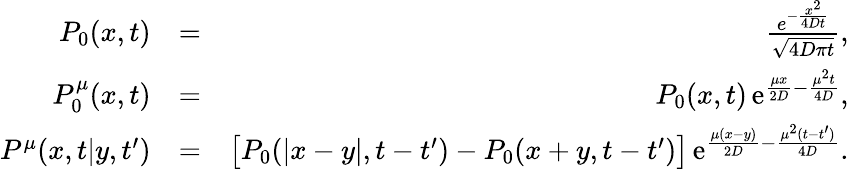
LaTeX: \begin{array}{rlr}{P_{0}(x,t)}&{=}&{\frac{e^{-\frac{x^{2}}{4Dt}}}{\sqrt{4D\pi t}},}\\ {P_{0}^{\mu}(x,t)}&{=}&{P_{0}(x,t)\, \mathrm{e}^{\frac{\mu x}{2D}-\frac{\mu^{2}t}{4D}},}\\ {P^{\mu}(x,t|y,t^{\prime})}&{=}&{\big[P_{0}(|x-y|,t-t^{\prime})-P_{0}(x+y,t-t^{\prime})\big]\, \mathrm{e}^{\frac{\mu(x-y)}{2D}-\frac{\mu^{2}(t-t^{\prime})}{4D}}.}\end{array}